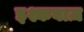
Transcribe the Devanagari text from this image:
इश्कबाज़